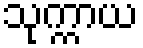
သုက္ကာယ